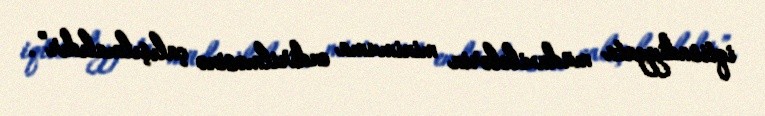
iqtisadiyyata müdaxilələrin minimuma endirilməsinə çalışılmalıdır”.